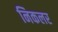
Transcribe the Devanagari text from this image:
निकलर